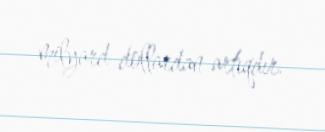
milyard dollardan artıqdır.